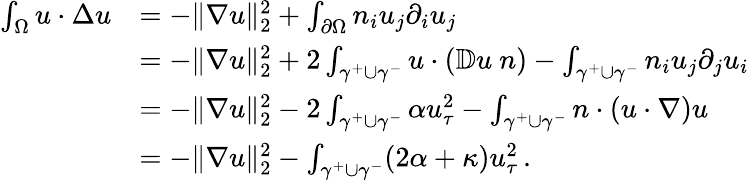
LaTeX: \begin{array}{rl}{\int_{\Omega}u\cdot\Delta u}&{=-\| \nabla u\| _{2}^{2}+\int_{\partial\Omega}n_{i}u_{j}\partial_{i}u_{j}}\\ &{=-\| \nabla u\| _{2}^{2}+2\int_{\gamma^{+}\cup\gamma^{-}}u\cdot(\mathbb{D}u\ n)-\int_{\gamma^{+}\cup\gamma^{-}}n_{i}u_{j}\partial_{j}u_{i}}\\ &{=-\| \nabla u\| _{2}^{2}-2\int_{\gamma^{+}\cup\gamma^{-}}\alpha u_{\tau}^{2}-\int_{\gamma^{+}\cup\gamma^{-}}n\cdot(u\cdot\nabla)u}\\ &{=-\| \nabla u\| _{2}^{2}-\int_{\gamma^{+}\cup\gamma^{-}}(2\alpha+\kappa)u_{\tau}^{2}\, .}\end{array}